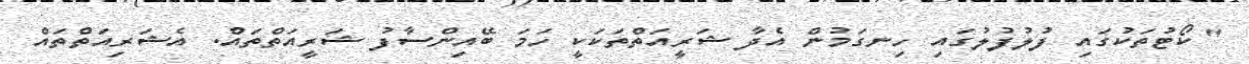
" ކޯޓުތަކުގައި ފުލުފުލުގައި ހިނގަމުން އެދާ ޝަރީއަތްތަކަކީ ހަމަ ބޭއިންސާފު ޝަރީއަތްތައް. އެޝަރިއަތްތައް